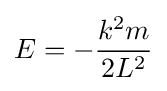
E=-{\frac {k^{2}m}{2L^{2}}}